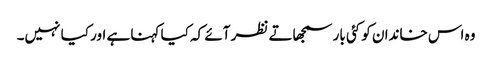
وہ اس خاندان کو کئی بار سمجھاتے نظر آئے کہ کیا کہنا ہے اور کیا نہیں۔